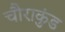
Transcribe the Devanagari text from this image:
चौराकुंड